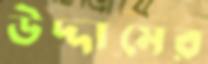
উদ্দামের